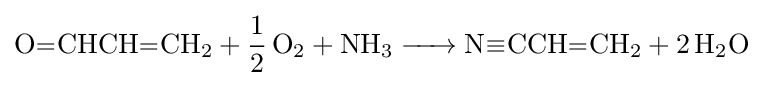
{\ce {O=CHCH=CH2 + 1/2 O2 + NH3 -> N#CCH=CH2 + 2 H2O}}